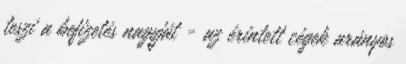
teszi a befizetés nagyját - az érintett cégek arányos